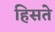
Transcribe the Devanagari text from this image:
हिसते